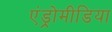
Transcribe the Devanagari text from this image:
एंड्रोमीडिया